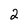
Character: 2